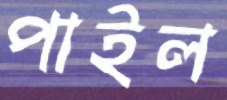
পাইল